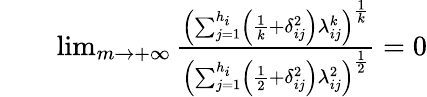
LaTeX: \begin{array}{rlr}&{}&{\operatorname*{lim}_{m\rightarrow+\infty}\frac{\left(\sum_{j=1}^{h_{i}}\left(\frac{1}{k}+\delta_{ij}^{2}\right)\lambda_{ij}^{k}\right)^{\frac{1}{k}}}{\left(\sum_{j=1}^{h_{i}}\left(\frac{1}{2}+\delta_{ij}^{2}\right)\lambda_{ij}^{2}\right)^{\frac{1}{2}}}=0}\end{array}